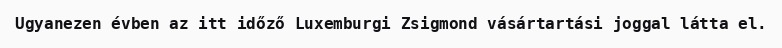
Ugyanezen évben az itt időző Luxemburgi Zsigmond vásártartási joggal látta el.